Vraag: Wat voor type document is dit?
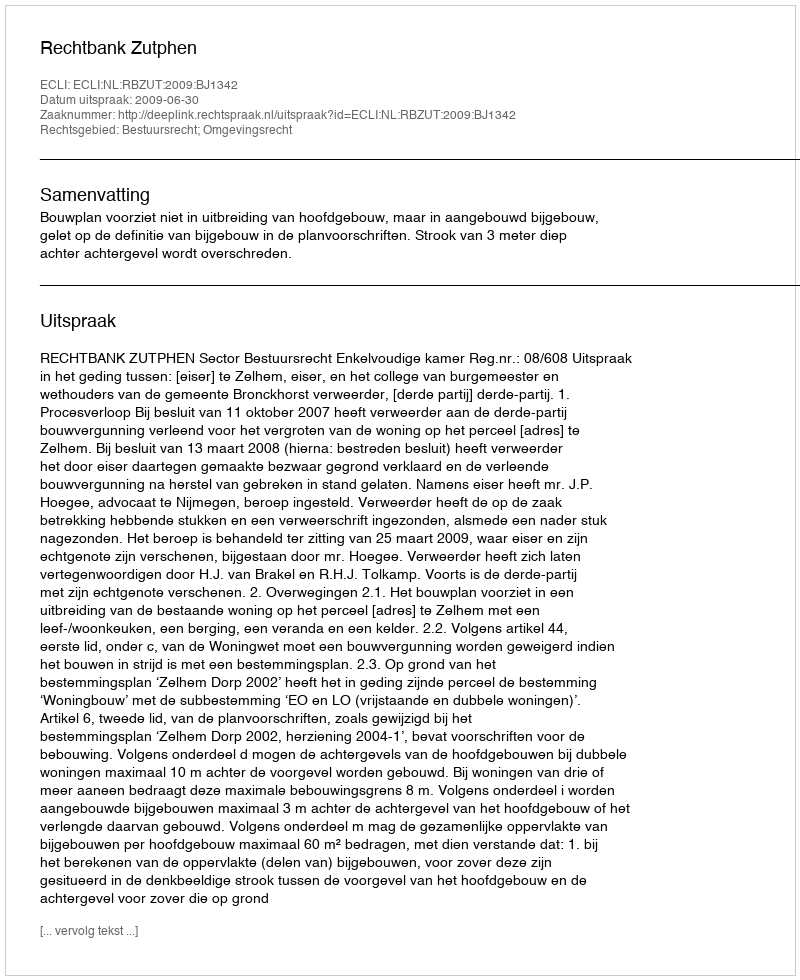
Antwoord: Uitspraak